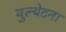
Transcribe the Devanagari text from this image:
युल्येटना